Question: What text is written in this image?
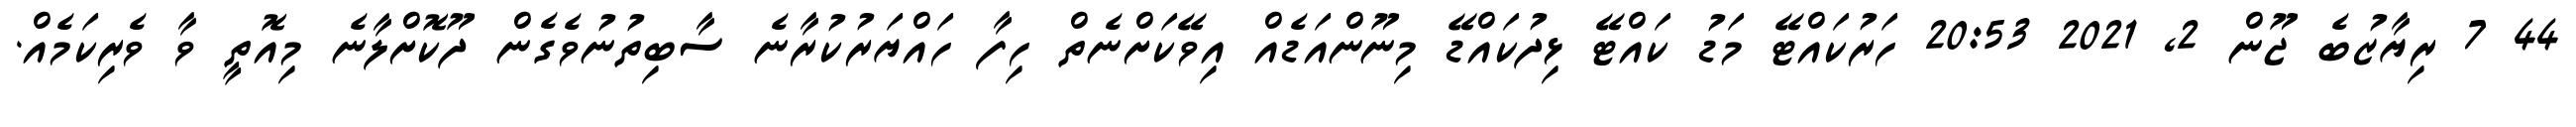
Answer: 44 7 ރިޔާޒުބެ ޖޫން 2, 2021 20:53 ހަރުކައްޓޭ މަޑު ކައްޓޭ ޅިދުކައްޑޭ މިނޫންއަޑެއް އިވޭކަށްނެތް ހިފާ ހައްޔަރުކުރާނެ ސާބިތުނުވެގެން ދޫކޮށްލާނެ މިއޮތީ ވާ ވެރިކަމެއް.